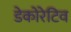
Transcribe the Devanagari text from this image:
डेकोरेटिव